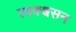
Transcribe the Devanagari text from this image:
त्वक्श्वसन